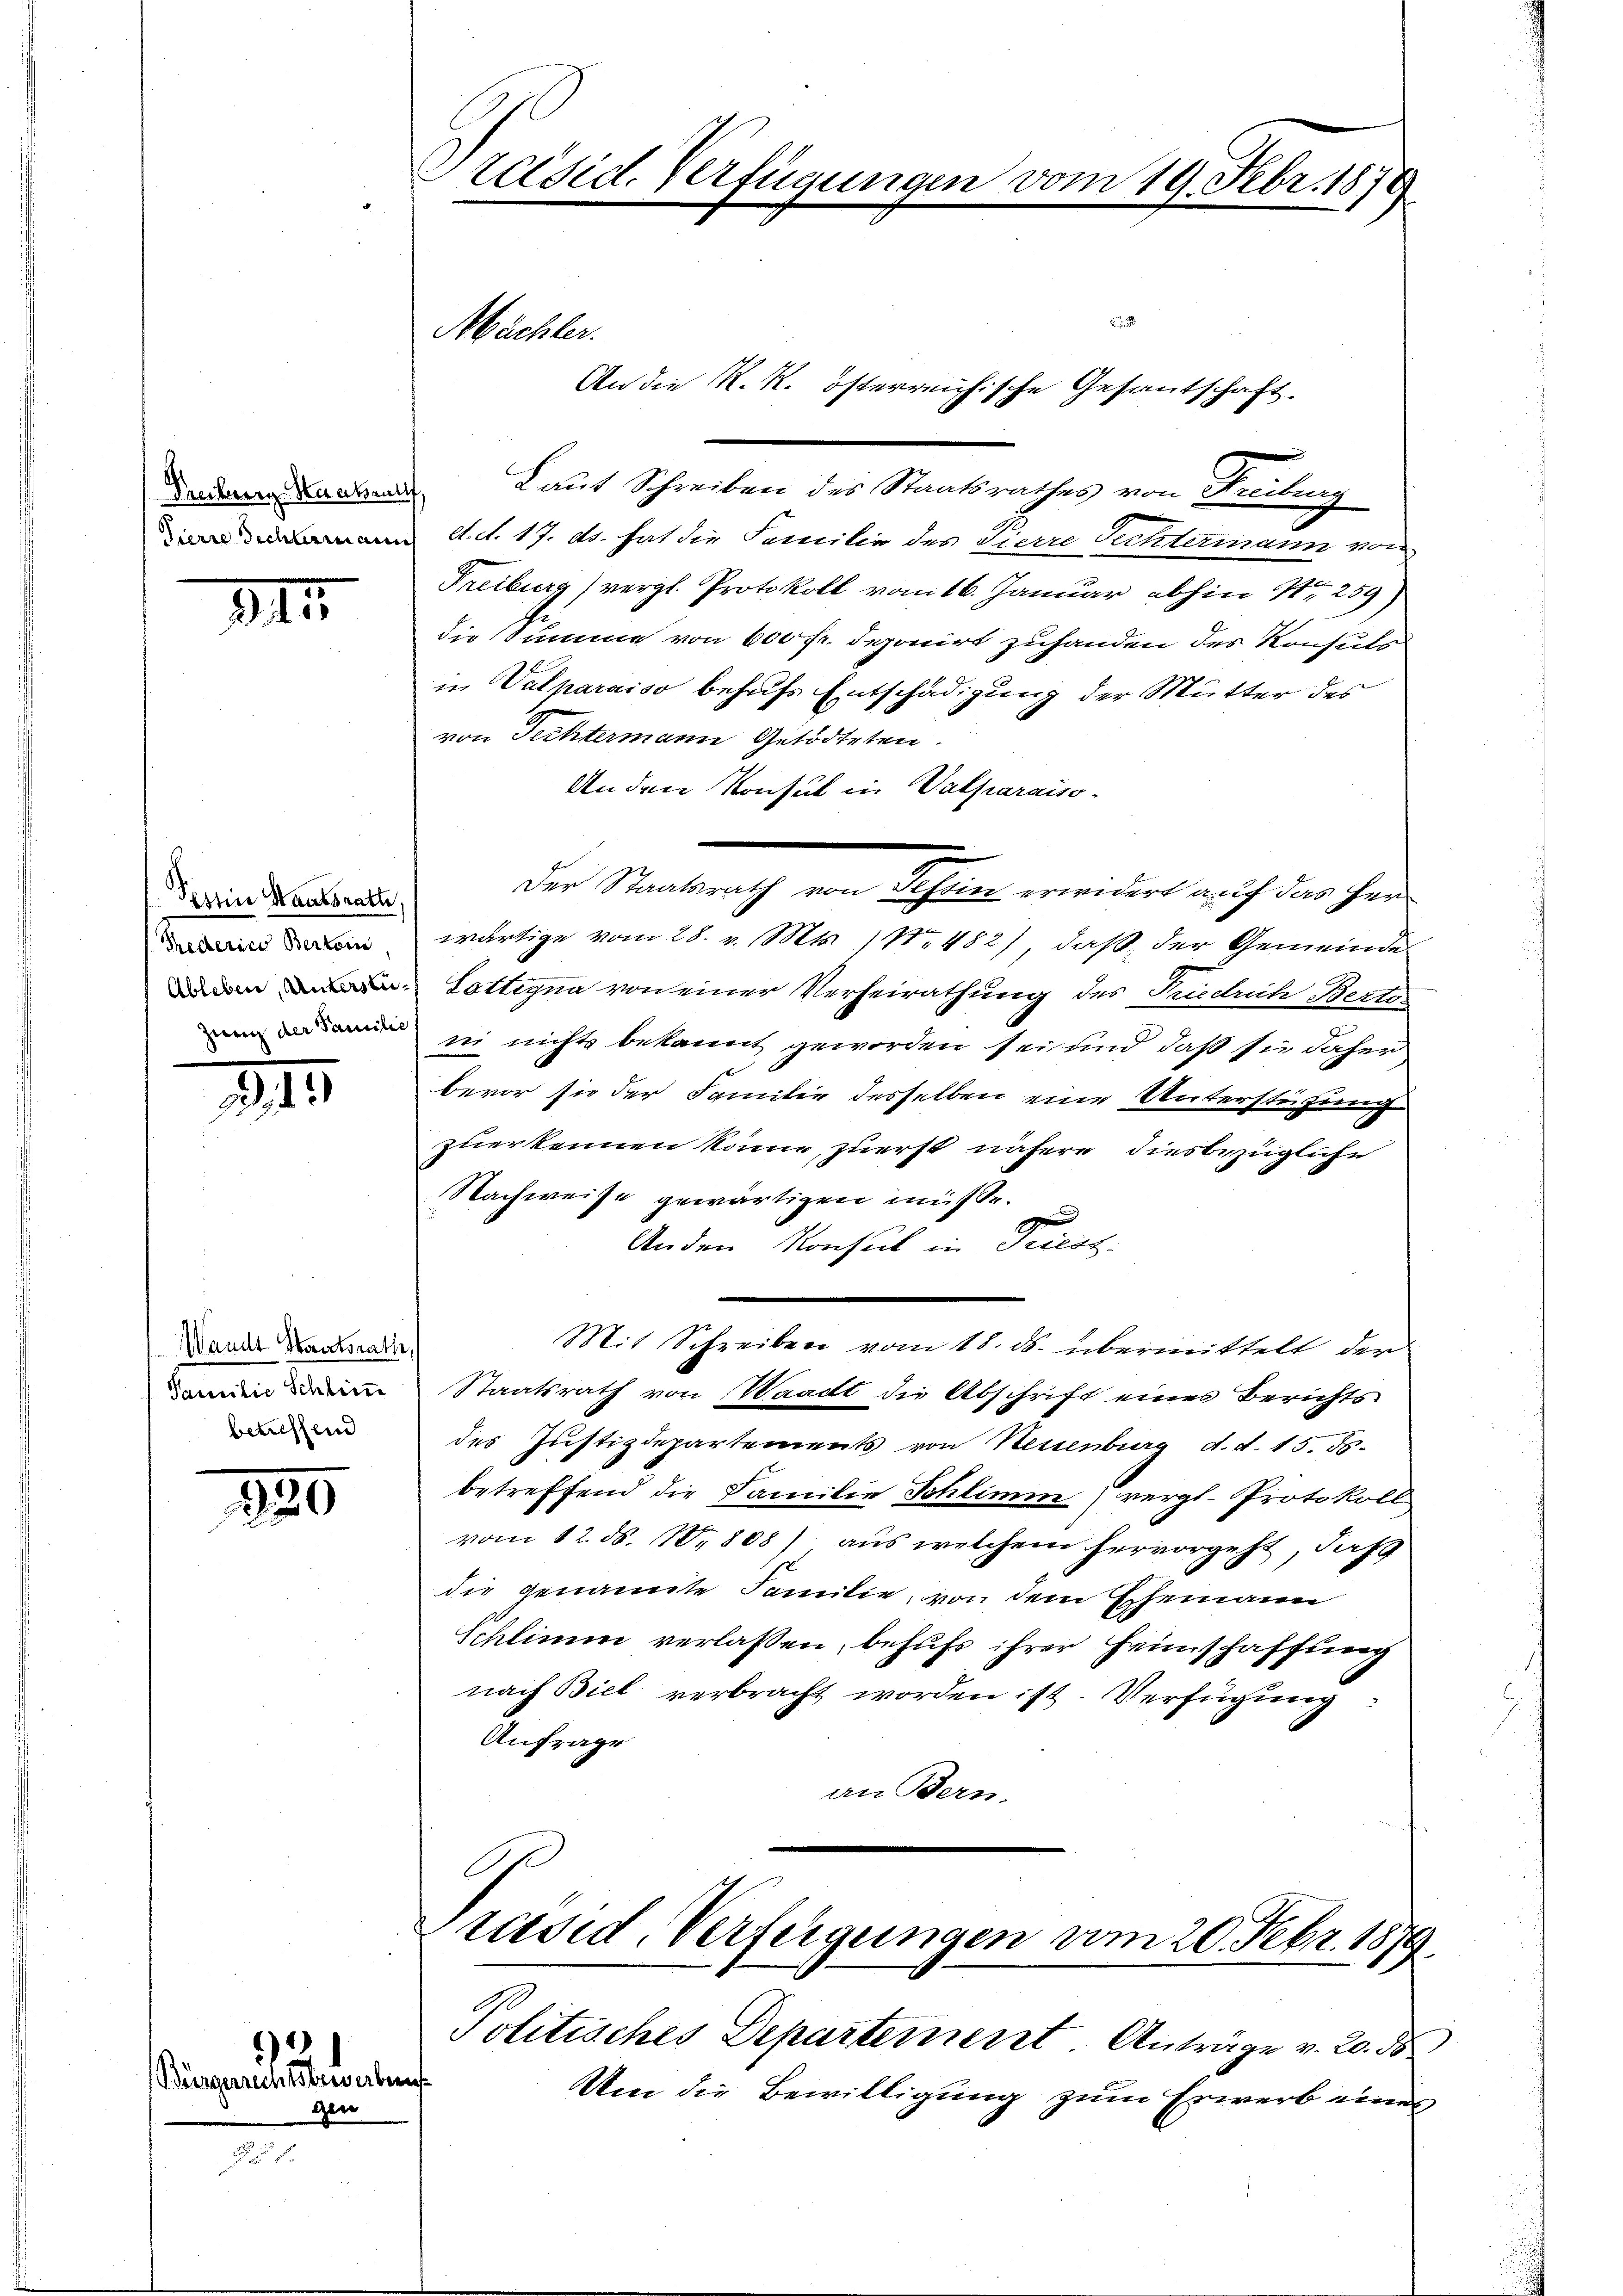
Peeilung Haakrull
Dierre Rechtermanns

III

Testin Staatsrath,
Trecterico Berton
Ableben, Unterstü¬

II

Wande Staatsrathe,
Familie Schlim
betreffend

180

Bürgerichstrebenf
gen

6)

Präsid. Verfügung.

B
Laut Schreiben des Staatsrathes von Freiburg
d. d. 17. ds. hat die Familie des Tierre Sichtermann von
Freiburg) vergl. Protokoll vom 16. Januar abhin Nr. 259)
die Summe von 600 fr. deponirt zuhanden des Konsuls
in Valparaiso behufs Entschädigung der Mutter des
von Fechtermann Getödteten.
An den Konsul in Valparaiso
Der Staatsrath von Tessin erwidert auf das Her
wärtige vom 28. v. Mts. N. 482), daß der Gemeinde
Sattigna von einer Verheirathung des Friedrich Berto¬
 sie nichts bekannt geworden sei und daß sie daher
bevor sie der Familie desselben eine Unterstüzung
zuerkennen könne, zuerst nähere diesbezügliche
Nachweise gewärtigen müsse.
e
Anden Konsul in Triest
Mit Schreiben vom 18. ds. übermittelt der
Staatsrath von Waadt die Abschrift eines Berichts
des Justizdepartements von Neuenburg d. d. 15. ds.
betreffend die Familie Schlimm (vergl. Protokoll
vom 12. ds. N. 808) aus welchem hervorgeht, daß
die genannte Familie, von dem Ehemann
Schlimm verlassen, behufs ihrer Heimschaffung
nach Biel verbracht worden ist. Verfügung:
Anfrage
an Bern.

Müchler.

An die K. R. österreichische Gesantschaft.

n 19. Febr. 1874

Präsid. Verfeigungen vom 20. Febr. 1879.

Politisches Departement Anträge v. 20. ds
Um die Bewilligung zum Erwerb eines